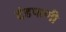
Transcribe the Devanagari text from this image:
दंडपाणी